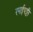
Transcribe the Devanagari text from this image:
रमईपट्टी